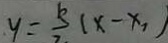
y = \frac { 5 } { 2 } ( x - x _ { 1 } )